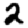
Digit: 2